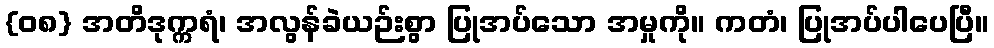
{၀၈} အတိဒုက္ကရံ၊ အလွန်ခဲယဉ်းစွာ ပြုအပ်သော အမှုကို။ ကတံ၊ ပြုအပ်ပါပေပြီ။